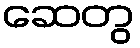
ဆေတွ